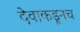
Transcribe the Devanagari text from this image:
देवाकडूनच